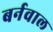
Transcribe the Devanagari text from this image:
बर्नवाल